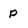
Character: p